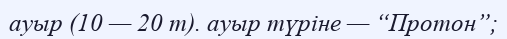
ауыр (10 — 20 т). ауыр түріне — “Протон”;